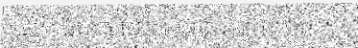
។កំណត់ការទទួលទានសាច់សាច់។